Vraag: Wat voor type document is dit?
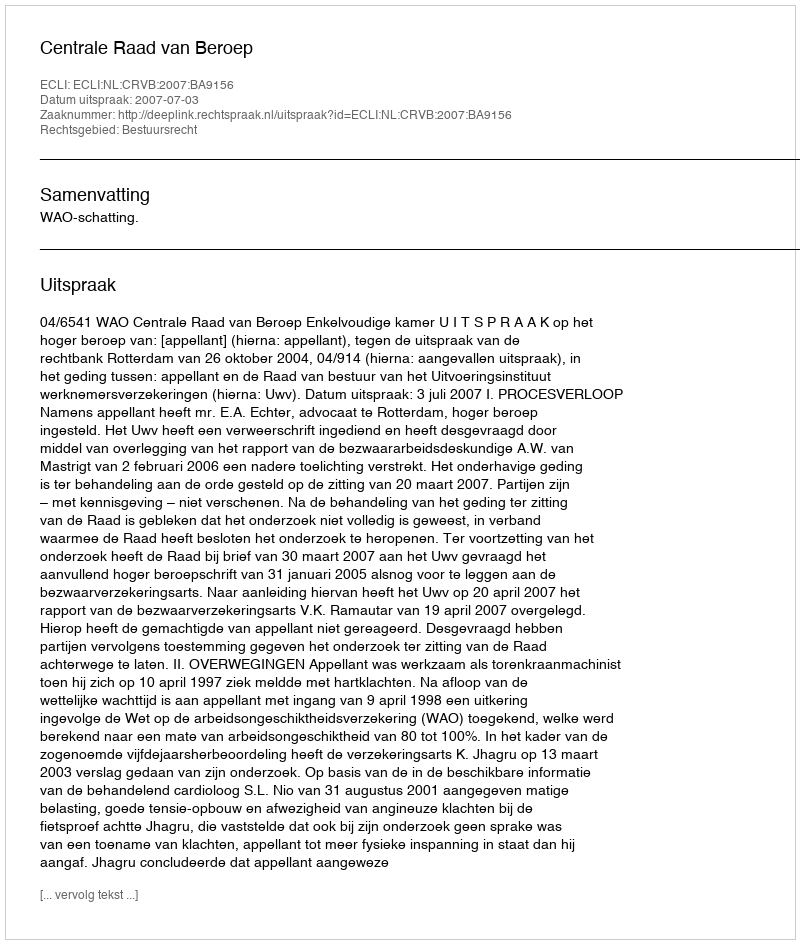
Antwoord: Uitspraak